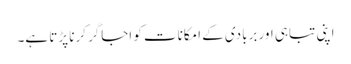
اپنی تباہی اور بربادی کے امکانات کو اجاگر کرنا پڑتا ہے۔